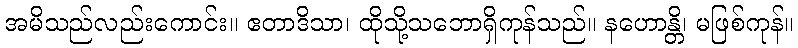
အမိသည်လည်းကောင်း။ ဧတာဒိသာ၊ ထိုသို့သဘောရှိကုန်သည်။ နဟောန္တိ၊ မဖြစ်ကုန်။